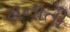
મનાતી